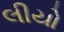
લીયો